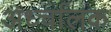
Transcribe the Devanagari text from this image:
अर्ध्चालक